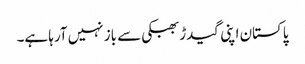
پاکستان اپنی گیدڑ بھبکی سے باز نہیں آرہا ہے۔